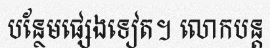
បន្ថែមផ្សេងទៀត។ លោកបន្ត